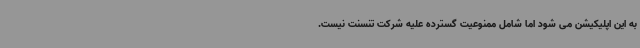
به این اپلیکیشن می شود اما شامل ممنوعیت گسترده علیه شرکت تنسنت نیست.